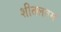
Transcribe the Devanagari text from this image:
शीतलतम